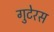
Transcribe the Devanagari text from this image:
गुटेरस